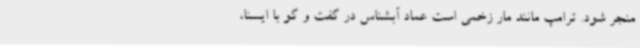
منجر شود. ترامپ مانند مار زخمی است عماد آبشناس در گفت و گو با ایسنا،